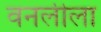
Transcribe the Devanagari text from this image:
वनलीला